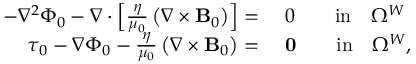
\begin{array} { r l } { - \nabla ^ { 2 } \Phi _ { 0 } - \nabla \cdot \left[ \frac { \eta } { \mu _ { 0 } } \left( \nabla \times { \mathbf B _ { 0 } } \right) \right] = } & { ~ 0 \qquad \mathrm { i n } \quad \Omega ^ { W } } \\ { \boldsymbol { \tau } _ { 0 } - \nabla \Phi _ { 0 } - \frac { \eta } { \mu _ { 0 } } \left( \nabla \times { \mathbf B _ { 0 } } \right) = } & { ~ \mathbf { 0 } \qquad \mathrm { i n } \quad \Omega ^ { W } , } \end{array}